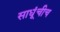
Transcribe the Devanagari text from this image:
साधूंचीच